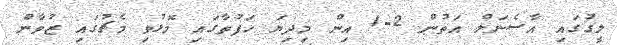
ލީގުގައި އާސެނަލް އަތުން 2-1 އިން މިދިޔަ ހަފުތާގައި މޮޅުވި މެޗުގައި ޒުވާން